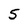
Character: 5